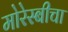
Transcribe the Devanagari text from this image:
मोरेस्बीचा